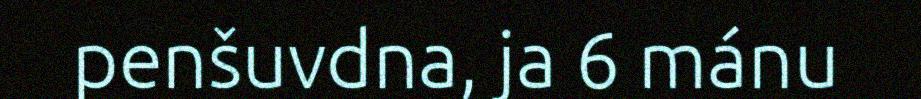
penšuvdna, ja 6 mánu